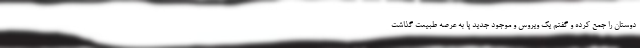
دوستان را جمع کرده و گفتم یک ویروس و موجود جدید پا به عرصه طبیعت گذاشت